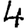
Digit: 4